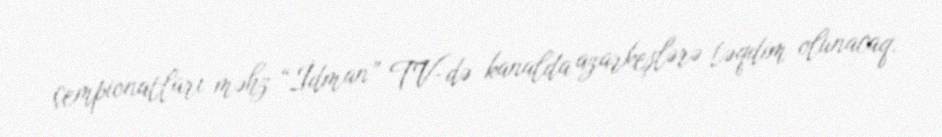
çempionatları məhz “İdman” TV-də kanalda azarkeşlərə təqdim olunacaq.